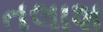
તલાશ